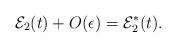
LaTeX: \begin{align*}\mathcal{E}_{2}(t)+O(\epsilon)=\mathcal{E}_{2}^{\ast}(t).\end{align*}